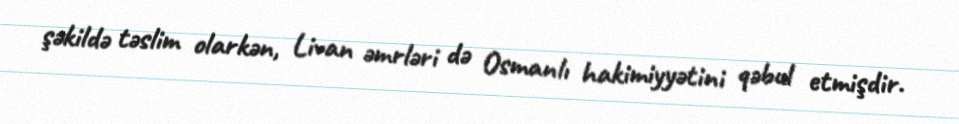
şəkildə təslim olarkən, Livan əmrləri də Osmanlı hakimiyyətini qəbul etmişdir.